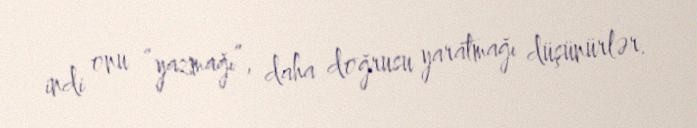
indi onu “yazmağı”, daha doğrusu yaratmağı düşünürlər.